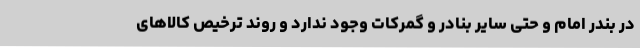
در بندر امام و حتی سایر بنادر و گمرکات وجود ندارد و روند ترخیص کالاهای